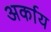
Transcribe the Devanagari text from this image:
अर्काय